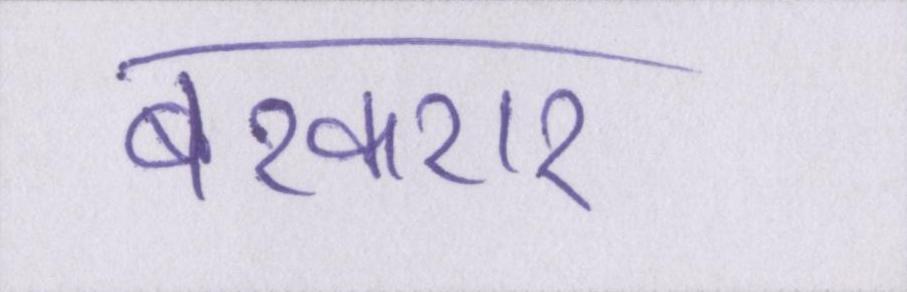
बरकरार